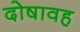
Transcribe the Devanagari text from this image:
दोषावह